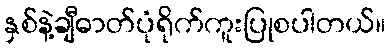
နှစ်နဲ့ချီဓာတ်ပုံရိုက်ကူးပြုစပါတယ်။